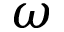
\boldsymbol { \omega }